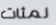
لمئات